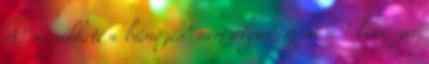
A" megélhetési bűnözés" nem olyan, mint a " kényszer